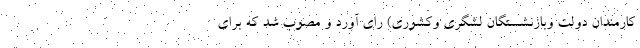
کارمندان دولت وبازنشستگان لشگری وکشوری) رای آورد و مصوب شد که برای